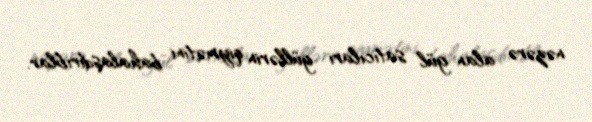
nəzərə alan gül satıcıları güllərin qiymətini bahalaşdırıblar.